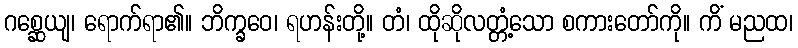
ဂစ္ဆေယျ၊ ရောက်ရာ၏။ ဘိက္ခဝေ၊ ရဟန်းတို့။ တံ၊ ထိုဆိုလတ္တံ့သော စကားတော်ကို။ ကိံ မညထ၊